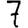
Digit: 7